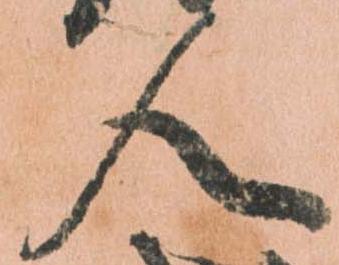
人